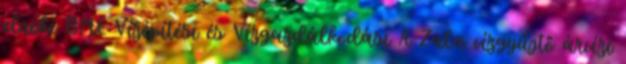
elnöke BME Vízépítési és Vízgazdálkodási A Zala vízgyűjtő árvízi